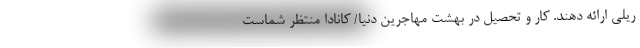
ریلی ارائه دهند. کار و تحصیل در بهشت مهاجرین دنیا/ کانادا منتظر شماست